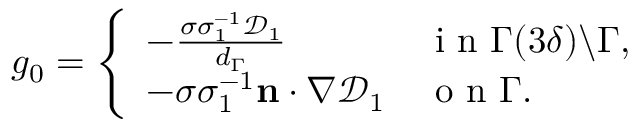
\begin{array} { r } { g _ { 0 } = \left\{ \begin{array} { l l } { - \frac { \sigma \sigma _ { 1 } ^ { - 1 } \mathcal { D } _ { 1 } } { d _ { \Gamma } } } & { \mathrm { ~ i ~ n ~ } \Gamma ( 3 \delta ) \backslash \Gamma , } \\ { - \sigma \sigma _ { 1 } ^ { - 1 } \mathbf { n } \cdot \nabla \mathcal { D } _ { 1 } } & { \mathrm { ~ o ~ n ~ } \Gamma . } \end{array} \right. } \end{array}